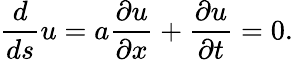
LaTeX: {\frac{d}{ds}}u=a{\frac{\partial u}{\partial x}}+{\frac{\partial u}{\partial t}}=0.